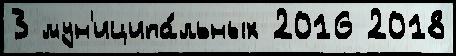
3 мун'иципа́льных 2016 2018